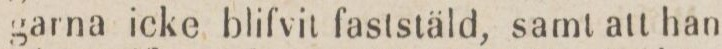
garna icke blifvit faststäld, samt att han